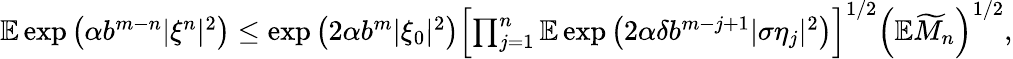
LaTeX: \begin{array}{r}{\mathbb{E}\exp\left(\alpha b^{m-n}|\xi^{n}|^{2}\right)\leq\exp\left(2\alpha b^{m}|\xi_{0}|^{2}\right)\left[\prod_{j=1}^{n}\mathbb{E}\exp\left(2\alpha\delta b^{m-j+1}|\sigma\eta_{j}|^{2}\right)\right]^{1/2}\left(\mathbb{E}\widetilde{M}_{n}\right)^{1/2},}\end{array}